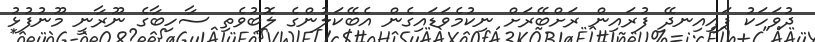
ދުވަހަކު ފައިއިނދޭ ފުރައިން ރަށްބޭރަށް ނިކުމެވަޑައިގެން އެބޭކަލުންގެ ލޮބުވެތި ސާހިބާގެ ނޫރާނީ މޫނުފުޅު